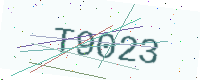
Text: T9023